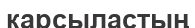
карсыластың